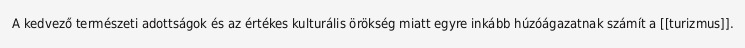
A kedvező természeti adottságok és az értékes kulturális örökség miatt egyre inkább húzóágazatnak számít a [[turizmus]].